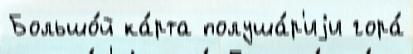
Большо́й ка́рта полуша́р'иjи гора́